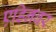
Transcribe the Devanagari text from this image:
एडिनबर